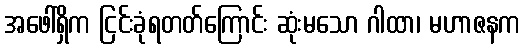
အဖေါ်ရှိက ငြင်းခုံရတတ်ကြောင်း ဆုံးမသော ဂါထာ၊ မဟာဇနက